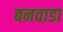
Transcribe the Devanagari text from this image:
बनवाडा